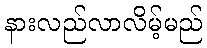
နားလည်လာလိမ့်မည်